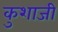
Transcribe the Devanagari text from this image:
कुशाजी